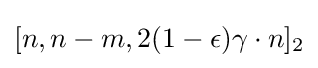
[n,n-m,2(1-\epsilon )\gamma \cdot n]_{2}